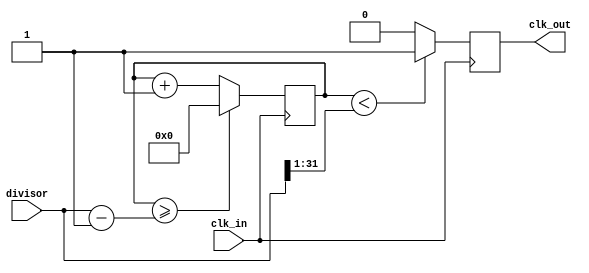
`timescale 1ns / 1ps

module clk_div(
    output reg clk_out,
    input wire clk_in,
    input wire [31:0] divisor
);

    reg [31:0] counter = 32'd0;
    
    always @(posedge clk_in) begin
        counter <= counter + 32'd1;
        if (counter >= (divisor - 32'd1))
            counter <= 32'd0;
        clk_out <= (counter < (divisor >> 1)) ? 1'b1 : 1'b0;
    end
endmodule